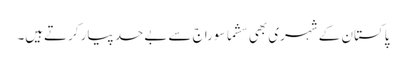
پاکستان کے شہری بھی سشما سوراج سے بےحد پیار کرتےہیں۔